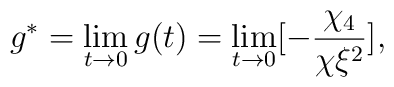
g^*=\lim_{t \rightarrow 0} g(t)=\lim_{t \rightarrow 0} [-{\chi_4 \over  \chi \xi^2}],